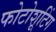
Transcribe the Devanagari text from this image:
फोटोशूटिंग